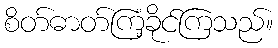
စိတ်ဓာတ်ကြံ့ခိုင်ကြသည်။